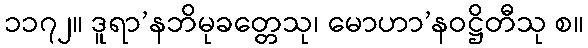
၁၁၇၂။ ဒူရာ’နဘိမုခတ္တေသု၊ မောဟာ’နဝဋ္ဌိတီသု စ။